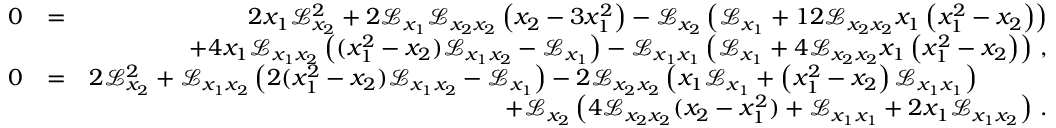
\begin{array} { r l r } { 0 } & { = } & { 2 x _ { 1 } \mathcal { L } _ { x _ { 2 } } ^ { 2 } + 2 \mathcal { L } _ { x _ { 1 } } \mathcal { L } _ { x _ { 2 } x _ { 2 } } \left( x _ { 2 } - 3 x _ { 1 } ^ { 2 } \right) - \mathcal { L } _ { x _ { 2 } } \left( \mathcal { L } _ { x _ { 1 } } + 1 2 \mathcal { L } _ { x _ { 2 } x _ { 2 } } x _ { 1 } \left( x _ { 1 } ^ { 2 } - x _ { 2 } \right) \right) } \\ & { } & { + 4 x _ { 1 } \mathcal { L } _ { x _ { 1 } x _ { 2 } } \left( ( x _ { 1 } ^ { 2 } - x _ { 2 } ) \mathcal { L } _ { x _ { 1 } x _ { 2 } } - \mathcal { L } _ { x _ { 1 } } \right) - \mathcal { L } _ { x _ { 1 } x _ { 1 } } \left( \mathcal { L } _ { x _ { 1 } } + 4 \mathcal { L } _ { x _ { 2 } x _ { 2 } } x _ { 1 } \left( x _ { 1 } ^ { 2 } - x _ { 2 } \right) \right) \, , } \\ { 0 } & { = } & { 2 \mathcal { L } _ { x _ { 2 } } ^ { 2 } + \mathcal { L } _ { x _ { 1 } x _ { 2 } } \left( 2 ( x _ { 1 } ^ { 2 } - x _ { 2 } ) \mathcal { L } _ { x _ { 1 } x _ { 2 } } - \mathcal { L } _ { x _ { 1 } } \right) - 2 \mathcal { L } _ { x _ { 2 } x _ { 2 } } \left( x _ { 1 } \mathcal { L } _ { x _ { 1 } } + \left( x _ { 1 } ^ { 2 } - x _ { 2 } \right) \mathcal { L } _ { x _ { 1 } x _ { 1 } } \right) ~ ~ ~ ~ ~ ~ ~ ~ ~ } \\ & { } & { + \mathcal { L } _ { x _ { 2 } } \left( 4 \mathcal { L } _ { x _ { 2 } x _ { 2 } } ( x _ { 2 } - x _ { 1 } ^ { 2 } ) + \mathcal { L } _ { x _ { 1 } x _ { 1 } } + 2 x _ { 1 } \mathcal { L } _ { x _ { 1 } x _ { 2 } } \right) \, . } \end{array}